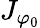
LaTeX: J_{\varphi_{0}}